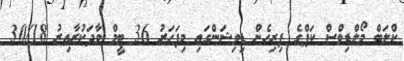
ކްލަބް މޯލްޑިވްސް ކަޕްގެ ފިރިހެން ޑިވިޝަންގައި މިފަހަރު 36 ޓީމް ވާދަކުރާއިރު 30/18